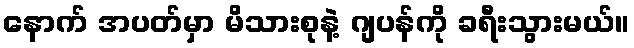
နောက် အပတ်မှာ မိသားစုနဲ့ ဂျပန်ကို ခရီးသွားမယ်။